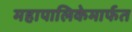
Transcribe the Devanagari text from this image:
महापालिकेमार्फत